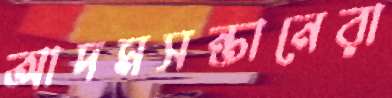
আদমসন্তানেরা